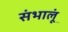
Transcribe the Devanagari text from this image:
संभालूं